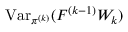
\operatorname { V a r } _ { \pi ^ { ( k ) } } ( F ^ { ( k - 1 ) } W _ { k } )